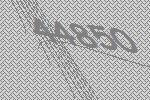
44850